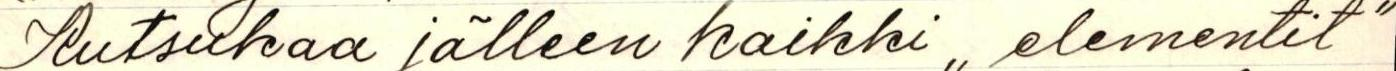
Kutsukaa jälleen kaikki ,, elementit"